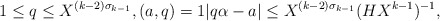
\begin{align*} 1\le q\le X^{(k-2)\sigma_{k-1}},(a, q) = 1|q\alpha-a|\le X^{(k-2)\sigma_{k-1}}(HX^{k-1})^{-1},\end{align*}